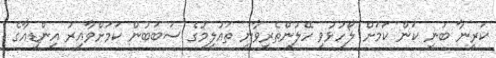
ކަރީނާ ބުނީ ކަން ކަމަށް ލޯހުޅުވި ހޭލުންތެރިވާނީ ތައުލީމުގެ ސަބަބުން ކަމަށްވާއިރު އިންޑިއާގެ